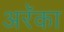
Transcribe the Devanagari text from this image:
अरॅका